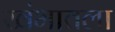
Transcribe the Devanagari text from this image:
खंभातला